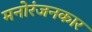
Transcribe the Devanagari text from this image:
मनोरंजनकार